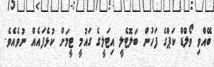
ބޭއްވި ވޯލްޑް ކަޕްގެ ފަހުން ބަލޮޓެލީ އިޓަލީގެ ގައުމީ ޓީމަށް ކުޅެފައެއް ނުވެއެވެ.